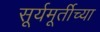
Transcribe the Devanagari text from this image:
सूर्यमूर्तीच्या